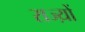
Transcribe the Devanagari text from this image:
राज्य़ों